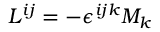
L ^ { i j } = - \epsilon ^ { i j k } M _ { k }